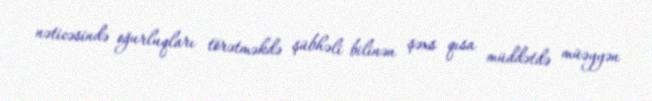
nəticəsində oğurluqları törətməkdə şübhəli bilinən şəxs qısa müddətdə müəyyən